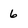
Character: 6